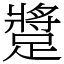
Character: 𨄚